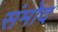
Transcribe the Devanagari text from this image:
संमोद